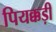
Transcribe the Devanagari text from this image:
पियक्कड़ी